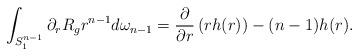
LaTeX: \begin{align*}\int_{S^{n-1}_1}\partial_r R_g r^{n-1}d\omega_{n-1}&=\frac{\partial}{\partial r}\left(r h(r)\right) - (n-1)h(r).\end{align*}